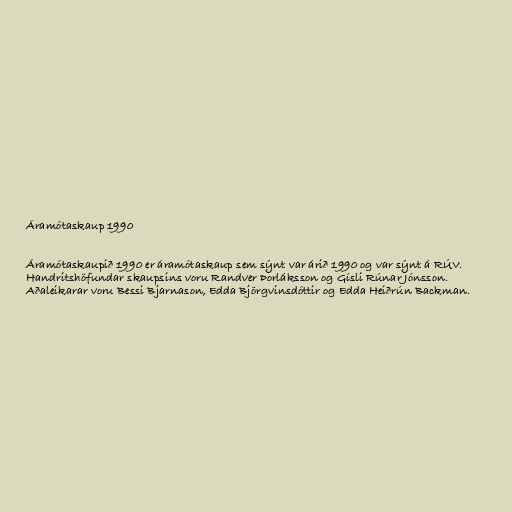
Áramótaskaup 1990

Áramótaskaupið 1990 er áramótaskaup sem sýnt var árið 1990 og var sýnt á RÚV.
Handritshöfundar skaupsins voru Randver Þorláksson og Gísli Rúnar Jónsson.
Aðaleikarar voru Bessi Bjarnason, Edda Björgvinsdóttir og Edda Heiðrún Backman.